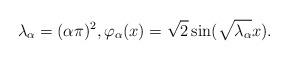
LaTeX: \begin{align*}\lambda_\alpha=(\alpha\pi)^2,\varphi_\alpha(x)=\sqrt{2}\sin(\sqrt{\lambda_\alpha} x).\end{align*}